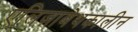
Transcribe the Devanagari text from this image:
एलिज़ाबेथकालीन